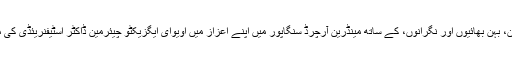
11 دسمبر 2014ء کو اسٹار آف کرسمس مسفید افراد، اپنے والدین، بہن بھائیوں اور نگرانوں، کے ساتھ مینڈرین آرچرڈ سنگاپور میں اپنے اعزاز میں اویوای ایگزیکٹو چیئرمین ڈاکٹر اسٹیفنریئڈی کی میزبانی میں ہونے والے کرسمس ظہرانے میں شرکت کریں گے۔